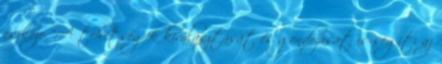
eszköze. “A tehetségek kiválasztását és gondozását is segíti az